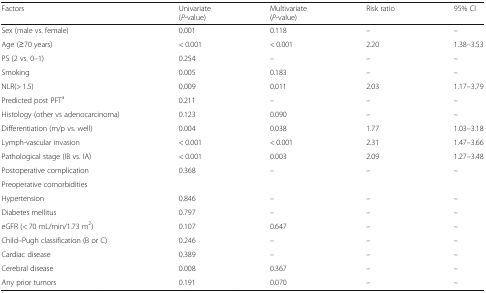
<table><thead><tr><td><b>Factors</b></td><td><b>Univariate(<i>P</i>-value)</b></td><td><b>Multivariate(<i>P</i>-value)</b></td><td><b>Risk ratio</b></td><td><b>95% CI</b></td></tr></thead><tbody><tr><td>Sex (male vs. female)</td><td>0.001</td><td>0.118</td><td>–</td><td>–</td></tr><tr><td>Age (≥70 years)</td><td>&lt; 0.001</td><td>&lt; 0.001</td><td>2.20</td><td>1.38–3.53</td></tr><tr><td>PS (2 vs. 0–1)</td><td>0.254</td><td>–</td><td>–</td><td>–</td></tr><tr><td>Smoking</td><td>0.005</td><td>0.183</td><td>–</td><td>–</td></tr><tr><td>NLR(&gt; 1.5)</td><td>0.009</td><td>0.011</td><td>2.03</td><td>1.17–3.79</td></tr><tr><td>Predicted post PFT<sup>a</sup></td><td>0.211</td><td>–</td><td>–</td><td>–</td></tr><tr><td>Histology (other vs adenocarcinoma)</td><td>0.123</td><td>0.090</td><td>–</td><td>–</td></tr><tr><td>Differentiation (m/p vs. well)</td><td>0.004</td><td>0.038</td><td>1.77</td><td>1.03–3.18</td></tr><tr><td>Lymph-vascular invasion</td><td>&lt; 0.001</td><td>&lt; 0.001</td><td>2.31</td><td>1.47–3.66</td></tr><tr><td>Pathological stage (IB vs. IA)</td><td>&lt; 0.001</td><td>0.003</td><td>2.09</td><td>1.27–3.48</td></tr><tr><td>Postoperative complication</td><td>0.368</td><td>–</td><td>–</td><td>–</td></tr><tr><td>Preoperative comorbidities</td><td></td><td></td><td></td><td></td></tr><tr><td>Hypertension</td><td>0.846</td><td>–</td><td>–</td><td>–</td></tr><tr><td>Diabetes mellitus</td><td>0.797</td><td>–</td><td>–</td><td>–</td></tr><tr><td>eGFR (&lt; 70 mL/min/1.73 m<sup>2</sup>)</td><td>0.107</td><td>0.647</td><td>–</td><td>–</td></tr><tr><td>Child–Pugh classification (B or C)</td><td>0.246</td><td>–</td><td>–</td><td>–</td></tr><tr><td>Cardiac disease</td><td>0.389</td><td>–</td><td>–</td><td>–</td></tr><tr><td>Cerebral disease</td><td>0.008</td><td>0.367</td><td>–</td><td>–</td></tr><tr><td>Any prior tumors</td><td>0.191</td><td>0.070</td><td>–</td><td>–</td></tr></tbody></table>